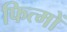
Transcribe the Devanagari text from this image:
फित्मों